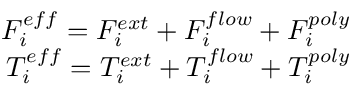
\begin{array} { r } { F _ { i } ^ { e f f } = F _ { i } ^ { e x t } + F _ { i } ^ { f l o w } + F _ { i } ^ { p o l y } } \\ { T _ { i } ^ { e f f } = T _ { i } ^ { e x t } + T _ { i } ^ { f l o w } + T _ { i } ^ { p o l y } } \end{array}